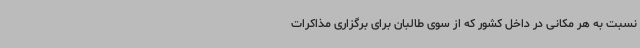
نسبت به هر مکانی در داخل کشور که از سوی طالبان برای برگزاری مذاکرات